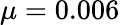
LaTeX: \mu=0.006